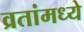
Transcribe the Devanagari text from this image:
व्रतांमध्ये